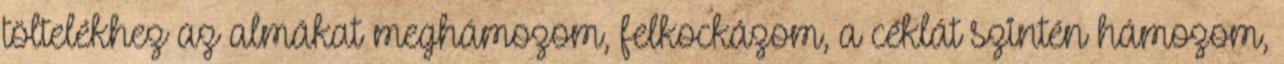
töltelékhez az almákat meghámozom, felkockázom, a céklát szintén hámozom,